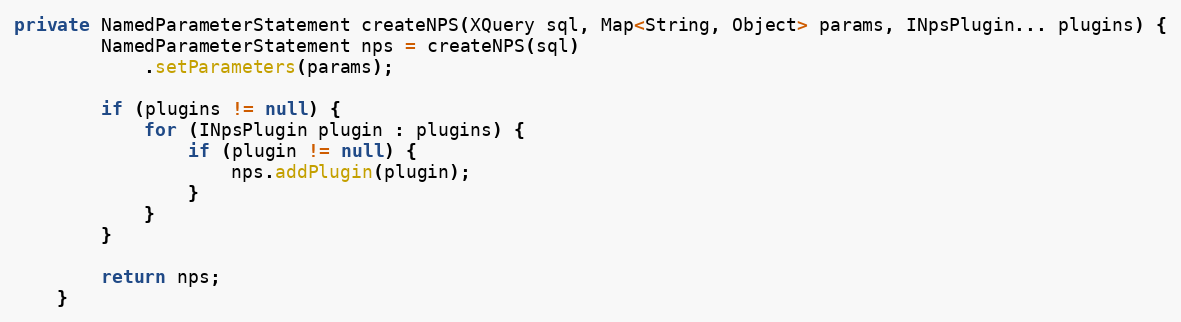
Language: Java
private NamedParameterStatement createNPS(XQuery sql, Map<String, Object> params, INpsPlugin... plugins) {
		NamedParameterStatement nps = createNPS(sql)
			.setParameters(params);

		if (plugins != null) {
			for (INpsPlugin plugin : plugins) {
				if (plugin != null) {
					nps.addPlugin(plugin);
				}
			}
		}

		return nps;
	}